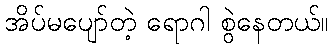
အိပ်မပျော်တဲ့ ရောဂါ စွဲနေတယ်။